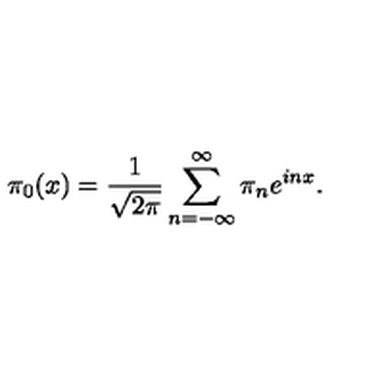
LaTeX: \pi _ { 0 } ( x ) = { \frac { 1 } { \sqrt { 2 \pi } } } \sum _ { n = - \infty } ^ { \infty } \pi _ { n } e ^ { i n x } .